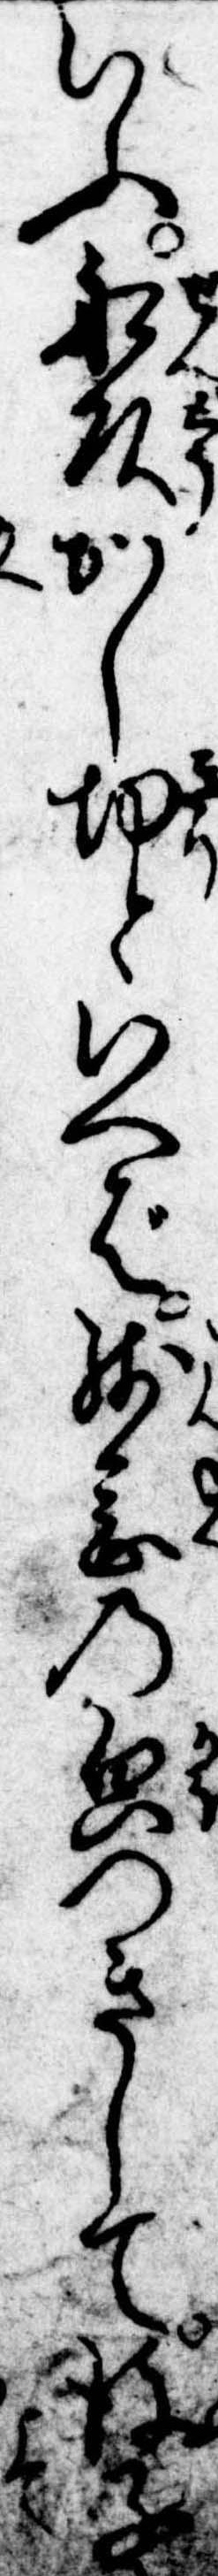
いふ船頭かし切といへば残念の貌つきして彼子